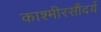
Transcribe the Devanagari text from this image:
काश्मीरसौंदर्य